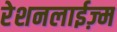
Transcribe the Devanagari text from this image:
रेशनलाईज़्म